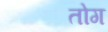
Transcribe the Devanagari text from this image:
तोग